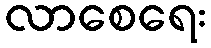
လာစေရေး